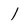
Character: 1